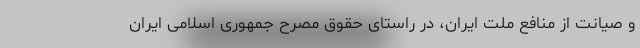
و صیانت از منافع ملت ایران، در راستای حقوق مصرح جمهوری اسلامی ایران